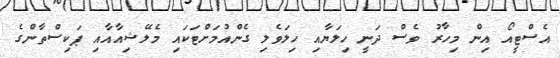
އެސްޓީއޯ އިން މިހާރު ވެސް ދަނީ ހިލަޔާއި ހިލަވެލި ގެންއުމަށްޓަކައި މެލޭޝިއާއާއި ޕަކިސްތާންގެ